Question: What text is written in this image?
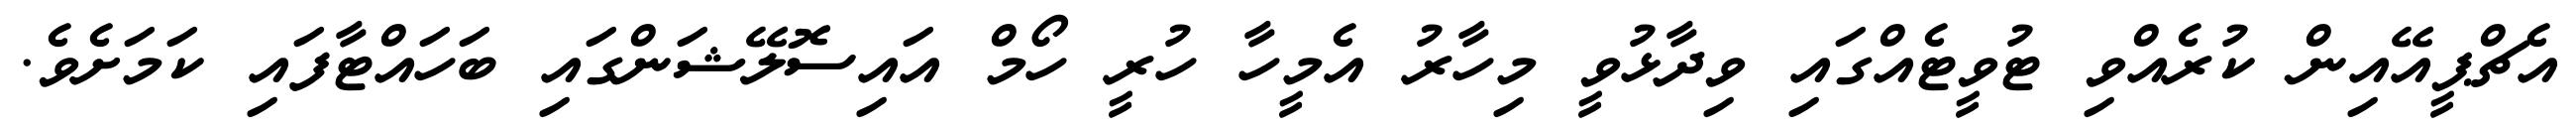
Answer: އެޗްޕީއޭއިން ކުރެއްވި ޓުވީޓެއްގައި ވިދާޅުވީ މިހާރު އެމީހާ ހުރީ ހޯމް އައިސޮލޭޝަންގައި ބަހައްޓާފައި ކަމަށެވެ.